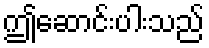
ဤဆောင်းပါးသည်